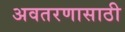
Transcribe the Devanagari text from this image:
अवतरणासाठी